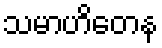
သမာဟိတေန